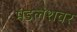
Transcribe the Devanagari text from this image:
मंडलेशवर